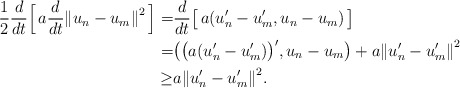
\begin{align*} \frac{1}{2}\frac{d}{dt}\Big[ \, a\frac{d}{dt}{\Vert u_n -u_m\Vert}^2 \, \Big] = & \frac{d}{dt}\big[ \, a(u_n^{\prime} -u_m^{\prime}, u_n - u_m) \, \big] \\ = & \big( {\big( a(u_n^{\prime} - u_m^{\prime})\big)}^{\prime}, u_n - u_m\big) + a {\Vert u_n^{\prime} - u_m^{\prime} \Vert}^2 \\\ge & a {\Vert u_n^{\prime} - u_m^{\prime} \Vert}^2.\end{align*}